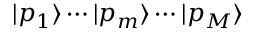
| p _ { 1 } \rangle \cdots | p _ { m } \rangle \cdots | p _ { M } \rangle